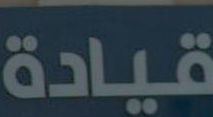
قيادة